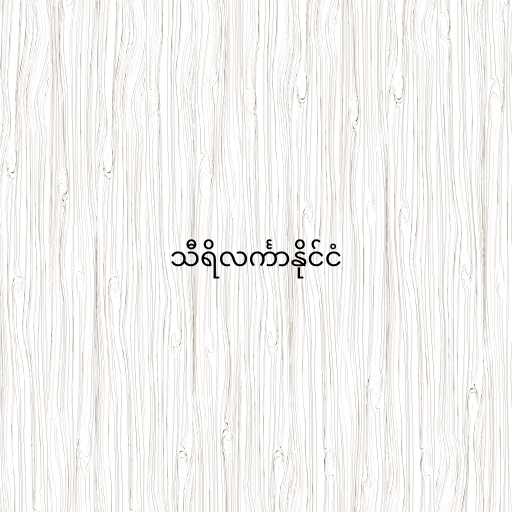
သီရိလင်္ကာနိုင်ငံ